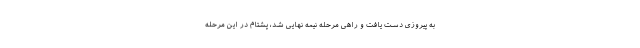
به پیروزی دست یافت و راهی مرحله نیمه نهایی شد، پشتام در این مرحله